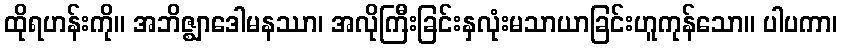
ထိုရဟန်းကို။ အဘိဇ္ဈာဒေါမနဿာ၊ အလိုကြီးခြင်းနှလုံးမသာယာခြင်းဟူကုန်သော။ ပါပကာ၊